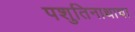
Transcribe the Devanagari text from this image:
पशुतिनाथाचा